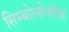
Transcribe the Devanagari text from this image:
सिम्बोलोजीज़